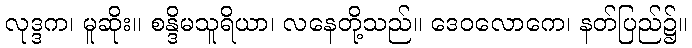
လုဒ္ဒက၊ မူဆိုး။ စန္ဒိမသူရိယာ၊ လနေတို့သည်။ ဒေဝလောကေ၊ နတ်ပြည်၌။